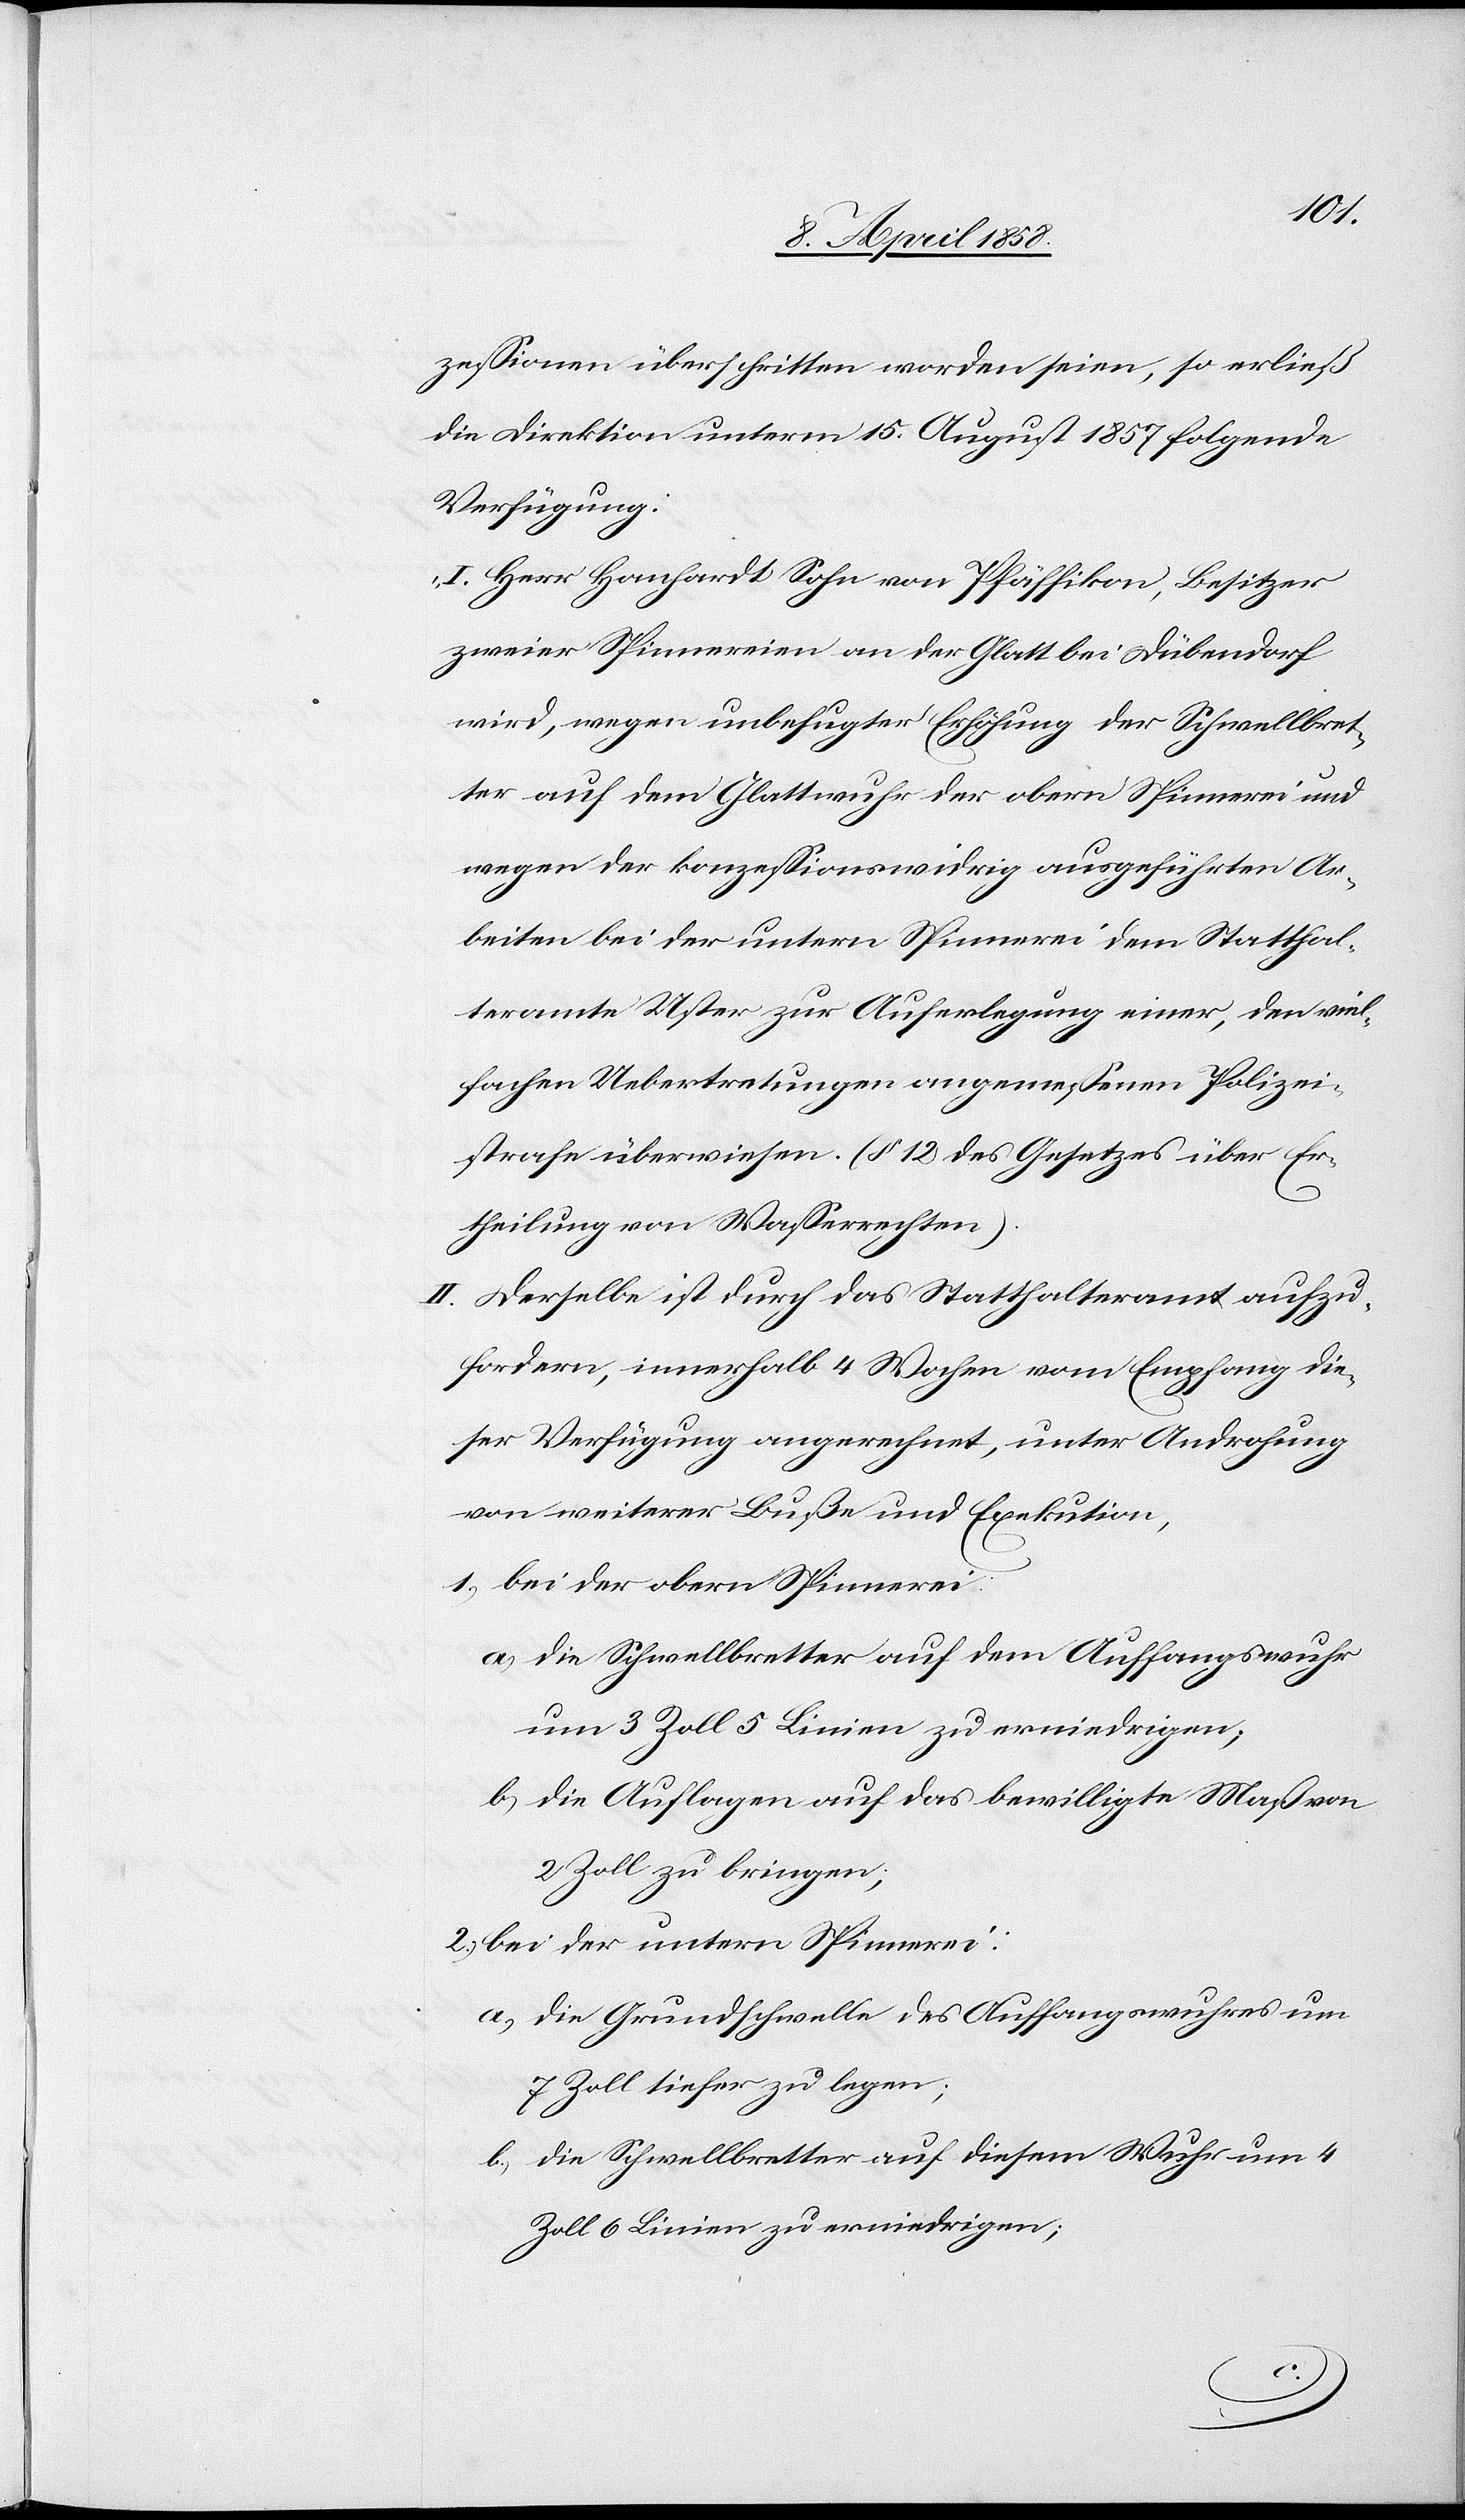
zessionen überschritten worden seien, so erließ
die Direktion unterm 15. August 1857 folgende
Verfügung:
I. Herr Hanhardt Sohn von Pfäffikon, Besitzer
zweier Spinnereien an der Glatt bei Dübendorf
wird, wegen unbefugter Erhöhung der Schwellbret¬
ter auf dem Glattwuhr der obern Spinnerei und
wegen der konzessionswidrig ausgeführten Ar¬
beiten bei der untern Spinnerei dem Statthal¬
teramte Uster zur Auferlegung einer, den viel¬
fachen Uebetretungen angemessenen Polizei¬
strafe überwiesen (§ 12 des Gesetzes über Er¬
theilung von Wasserrechten).
II. Derselbe ist durch das Statthalteramt aufzu¬
fordern, innerhalb 4 Wochen von Empfang die¬
ser Verfügung angerechnet, unter Androhung
von weiterer Buße und Exekution,
1.) bei der obern Spinnerei:
a) die Schwellbretter auf dem Auffangswuhr
um 3 Zoll 5 Linien zu erniedrigen;
b) die Auflagen auf das bewilligte Maß von
2 Zoll zu bringen,
2.) bei der untern Spinnerei:
a) die Grundschwelle des Auffangswuhres um
7 Zoll tiefer zu legen;
b) die Schwellbretter auf diesem Wuhr um 4
Zoll 6 Linien zu erniedrigen;